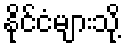
နိုင်ငံများသို့